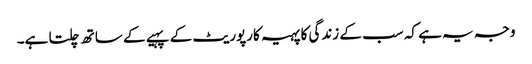
وجہ یہ ہے کہ سب کے زندگی کا پہیہ کارپوریٹ کے پہیے کے ساتھ چلتا ہے۔